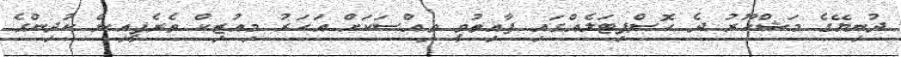
ދުނިޔޭގެ މަޝްހޫރު ދެ ހޮސްޕިޓަލެއްގައި ފާއިތުވީ ވިއްސަކަށް އަހަރު މިއުޒިކް ތެރެޕީއިން ކުދިންގެ